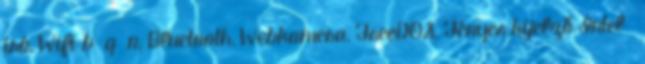
író, Wifi b g n, Bluetooth, Webkamera, FreeDOS, Fényes kijelző Intel®